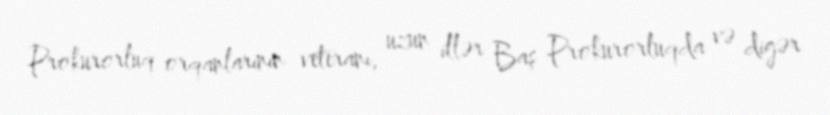
Prokurorluq orqanlarının veteranı, uzun illər Baş Prokurorluqda və digər